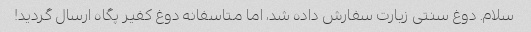
سلام. دوغ سنتی زیارت سفارش داده شد، اما متاسفانه دوغ کفیر پگاه ارسال گردید!